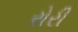
રોરી